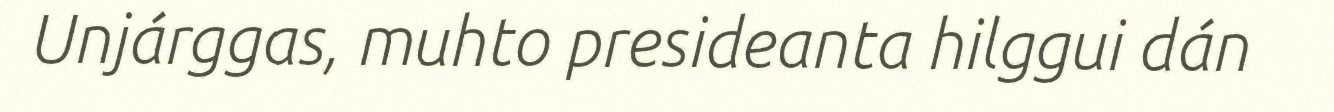
Unjárggas, muhto presideanta hilggui dán